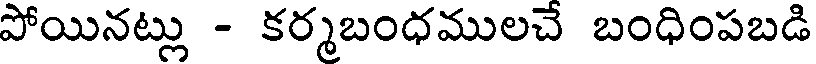
పోయినట్లు - కర్మబంధములచే బంధింపబడి